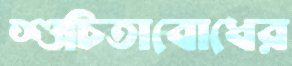
শুচিতাবোধের